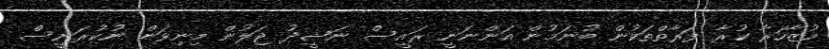
މުޒާހަރާ ކުރާ ފަރާތްތަކުން ބުނަމުން އަންނަނީ ރައީސް ނަޝީދު ޖަލުން މިނިވަން ނުކުރަނީސް